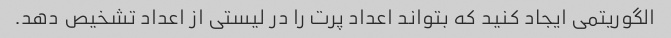
الگوریتمی ایجاد کنید که بتواند اعداد پرت را در لیستی از اعداد تشخیص دهد.